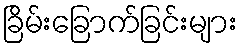
ခြိမ်းခြောက်ခြင်းများ